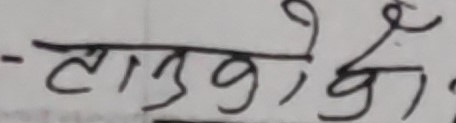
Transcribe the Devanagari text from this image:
- लागु के हो ?